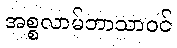
အစ္စလာမ်ဘာသာဝင်